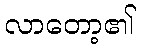
လာတော့၏